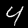
Label: 4